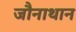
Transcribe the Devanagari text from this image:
जौनाथान